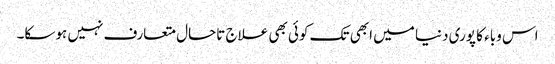
اس وباء کا پوری دنیا میں ابھی تک کوئی بھی علاج تاحال متعارف نہیں ہوسکا۔